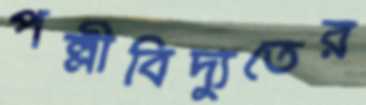
পল্লীবিদ্যুতের